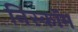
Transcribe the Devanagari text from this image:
निस्कॉम